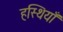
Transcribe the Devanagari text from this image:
हस्थियाँ